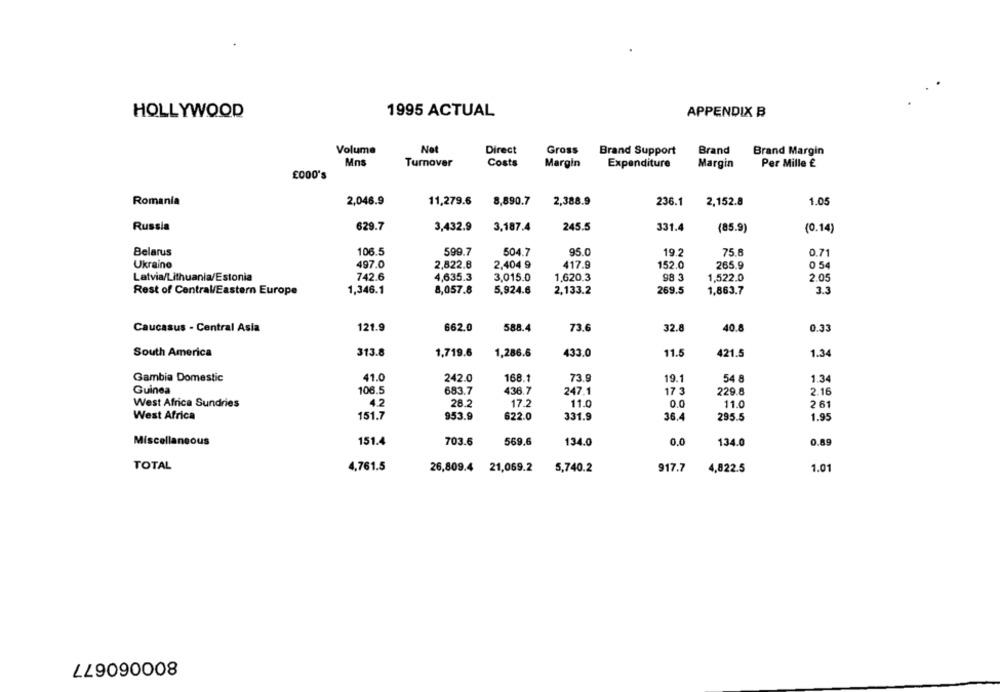
HOLLYWOOD
1995 ACTUAL
APPENDIX B
Volume
Net
Direct
Gross
Brand Support
Brand
Brand Margin
Mns
Turnover
Costs
Margin
Expenditure
Margin
Per Mille £
£000's
2,046.9
1.05
Romania
11,279.6
8,890.7
2,388.9
236.1
2,152.8
Russia
629.7
3,432.9
3,187.4
245.5
331.4
(85.9)
(0.14)
Belarus
106.5
599.7
504.7
95.0
19.2
75.8
0.71
Ukraine
497.0
2,822.8
2,404 9
417.9
152.0
265.9
0 54
Latvia/Lithuania/Estonia
742.6
3,015.0
1,620.3
98 3
2.05
4,635.3
1,522.0
Rest of Central/Eastern Europe
1,346.1
5,924.6
2,133.2
269.5
1,863.7
3.3
8,057.8
Caucasus - Central Asia
121.9
662.0
588.4
73.6
32.8
40.8
0.33
South America
313.8
1,719.6
1,286.6
433.0
11.5
1.34
421.5
Gambia Domestic
41.0
242.0
168.1
73.9
19.1
54 8
1.34
Guinea
106.5
683.7
436.7
247.1
17 3
229.8
2.16
West Africa Sundries
4.2
28.2
17.2
11.0
0.0
11.0
2 61
West Africa
151.7
953.9
622.0
331.9
36.4
295.5
1.95
Miscellaneous
151.4
703.6
569.6
134.0
0.0
134.0
0.89
TOTAL
4,761.5
26,809.4
21,069.2
5,740.2
917.7
4,822.5
1.01
LL9090008